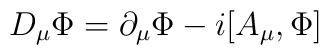
D_{\mu}{\Phi}=\partial_{\mu}{\Phi}-i[A_{\mu},\Phi]